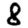
Digit: 8